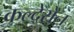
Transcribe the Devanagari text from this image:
कल्देरोन्